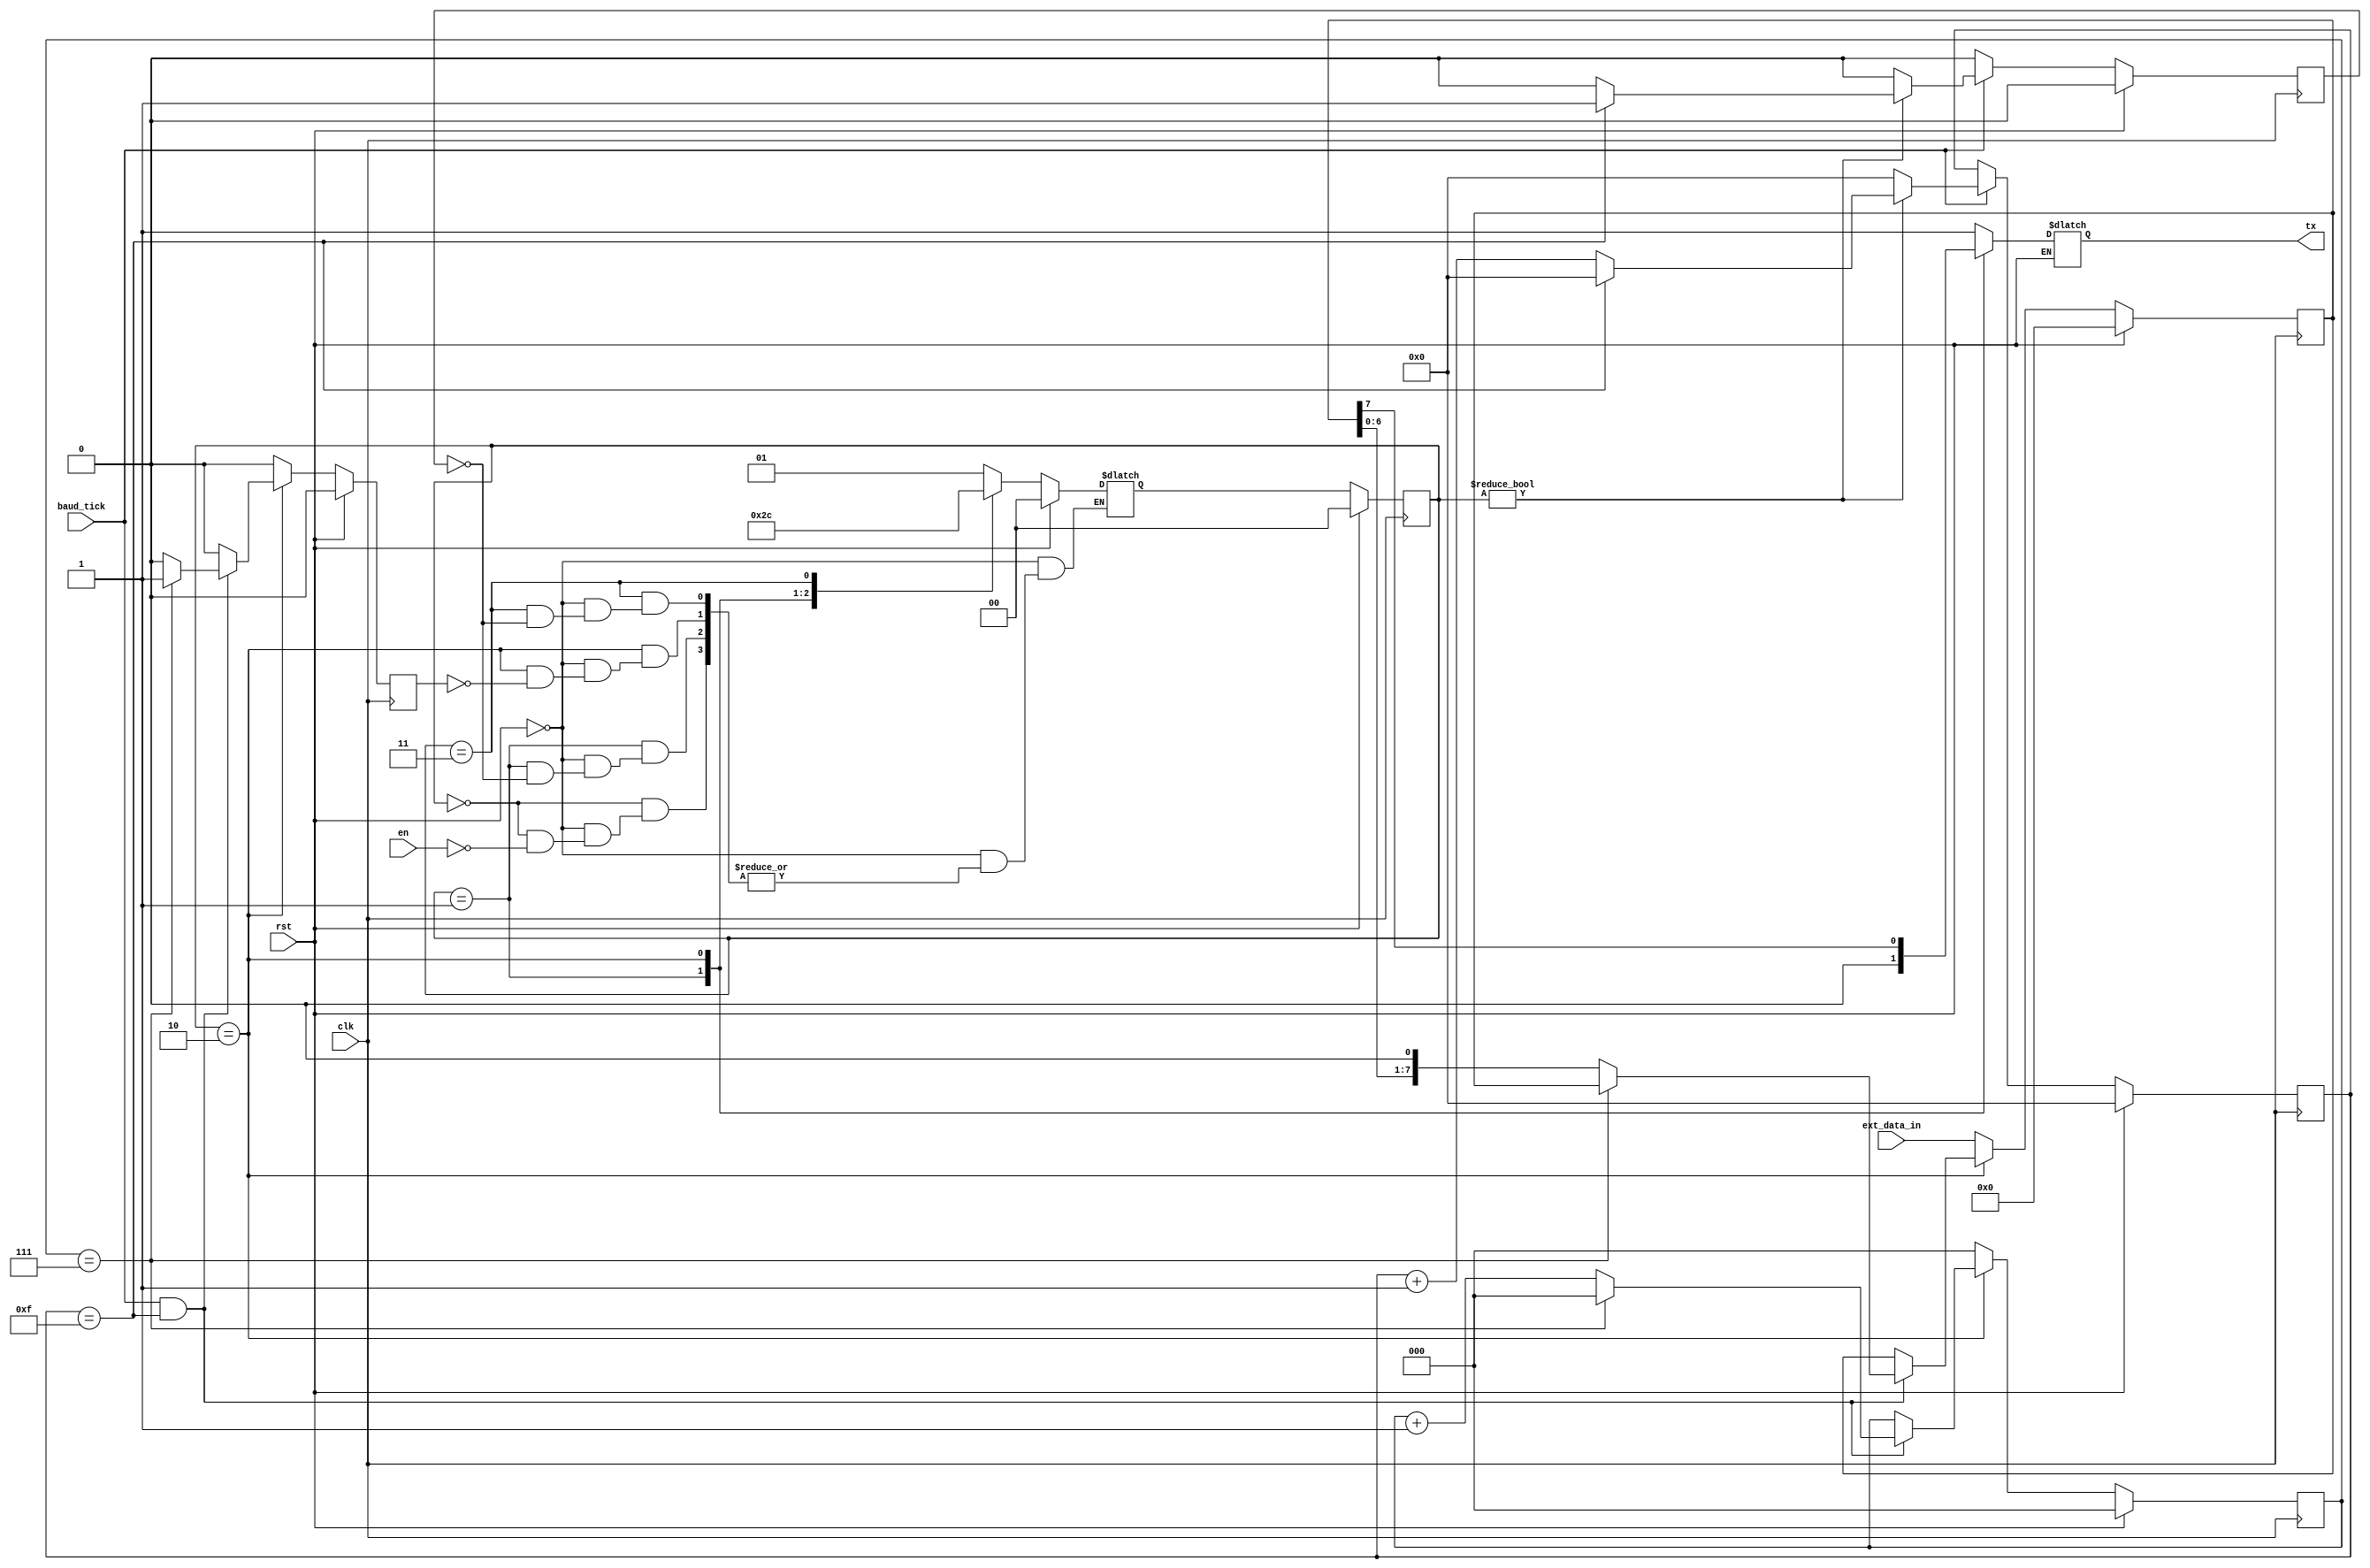
//Uart transmitter
module uart_tx (
    input wire clk,
    input wire rst,
    input wire baud_tick, // signal on which transactions occur
    input wire [7:0] ext_data_in, // external 8-bit data input of Tx 
    input wire en, // transmit enable  signal
    output reg tx); //Tx signal output
// internal wire declarations
    reg [3:0] count_16; //counter for oversampling
    reg count_16_indication; // OS achieved indication
    reg [2:0] count_8; // counter to count data bits.
    reg count_8_indication; // bit count achieved
    reg [7:0] data_save; // temporary reg to store the external data to send
// FSM Parameters
    localparam IDLE = 0;
    localparam START = 1;
    localparam DATA = 2;
    localparam STOP = 3;
// state registers
    reg [1:0] current_state, next_state;
//OS counter tracker 
    always @(posedge clk) begin
        if (rst) begin
            count_16 <= 0; 
            count_16_indication <= 0;
        end
        else begin
            if (baud_tick == 1) begin // on ever baud_tick (baud_clk)
                if (current_state != IDLE) begin // except IDLE state
                    if (count_16 == 15) begin // OS counter start
                        count_16 <= 0;
                        count_16_indication <= 1; // high indication when it reaches value 15, and reseted
                    end
                    else begin
                        count_16 <= count_16 + 1; // OS counter increment 
                        count_16_indication <= 0; // indication is low
                    end
                end
                else begin // default OS counter tracker state
                    count_16 <= 0;
                    count_16_indication <= 0;
                end
            end
            else begin // to maintain its previous value
                count_16 <= count_16;
                count_16_indication <= 0;
            end
        end
    end
// count tracker for data bits
    always @(posedge clk) begin
        if (rst) begin
            count_8 <= 0;
            count_8_indication <= 0;
            data_save <= 0;
        end
        else begin // on dara state
            if (current_state == DATA) begin
                if ((baud_tick == 1) && (count_16 == 15)) begin // baud clk and OS achieved
                    if (count_8 == 7) begin // start the counter 
                        count_8 <= 0; 
                        count_8_indication <= 1; // indication high when condition satisfied, and counter restart
                        data_save <= data_save; // maintain value
                    end
                    else begin
                        count_8 <= count_8 + 1; // data counter increment
                        count_8_indication <= 0; // low indication
                        data_save <= {data_save[6:0],1'b0}; // data serialization
                    end
                end
                else begin  // maintain its previous values
                    count_8 <= count_8;
                    count_8_indication <= 0;
                    data_save <= data_save; 
                end
            end
            else begin // default  states
                count_8 <= 0;
                count_8_indication <= 0;
                data_save <= ext_data_in; // external data register is assigned to tempo reg data save
            end
        end
    end
 // MAIN FSM STATE ASSIGNED TO NEXT STATE
    always @(posedge clk) begin
        if (rst) begin
            current_state <= 0;
        end
        else begin
            current_state <= next_state;
        end
    end
// MAIN FINITE STATE MACHINE
    always @(*) begin
        if (rst) begin
            next_state = 0; // next state varible is initialized
        end
        else begin
            case (current_state) // on the basis of current state 
                IDLE: begin // 00
                    tx = 1; // idealy high signal of UART
                    if (en == 1) begin
                        next_state = START; // state changes as enable signal is high
                    end
                end
                START: begin // 01
                    tx = 0; //  signal becomes low, indicating start condition for UART 
                    if (count_16_indication == 1) begin // OS  achieved
                        next_state = DATA; // move to data state
                    end
                end
                DATA: begin //02
                    tx = data_save[7]; // index 7 bit is at Tx line 
                    if (count_8_indication == 1) begin // and data bits counter fulfil its function 
                        next_state = STOP; // move to stop state
                    end
                end
                STOP: begin // 03
                    tx = 1; // high tx line is the indication of stop state
                    if (count_16_indication == 1) begin // OS of stop bit achieved
                        next_state = IDLE;
                    end
                end
                default: next_state = IDLE; // by default IDLE
            endcase // cases over
        end
    end

endmodule